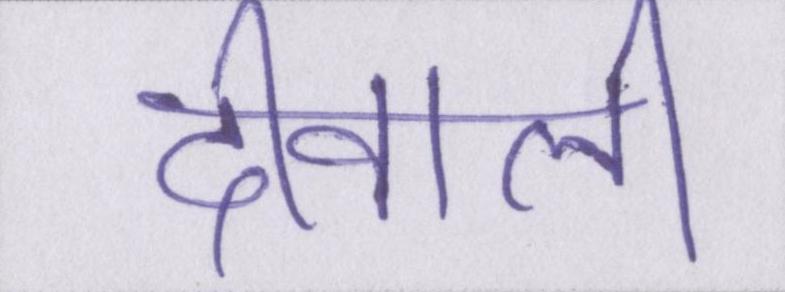
दीवाली